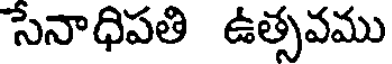
సేనాధిపతి ఉత్సవము